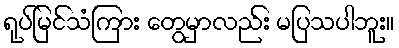
ရုပ်မြင်သံကြား တွေမှာလည်း မပြသပါဘူး။